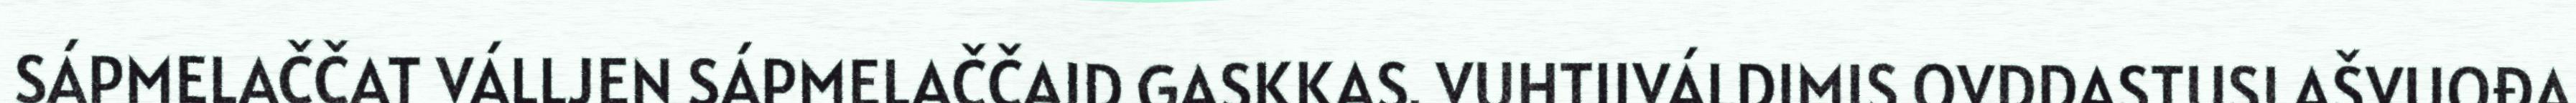
SÁPMELAČČAT VÁLLJEN SÁPMELAČČAID GASKKAS. VUHTIIVÁLDIMIS OVDDASTUSLAŠVUOĐA